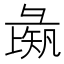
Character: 𱝡